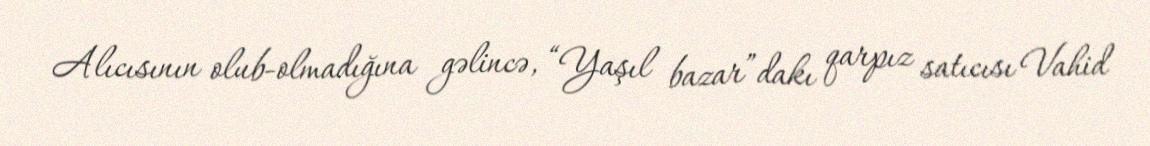
Alıcısının olub-olmadığına gəlincə, “Yaşıl bazar”dakı qarpız satıcısı Vahid